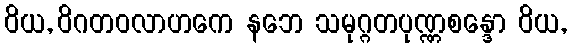
ဝိယ, ဝိဂတဝလာဟကေ နဘေ သမုဂ္ဂတပုဏ္ဏစန္ဒော ဝိယ,